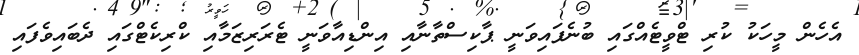
އެހެން މީހަކު ކުރި ޓްވީޓެއްގައި ބުނެފައިވަނީ ޕާކިސްތާނާއި އިންޑިއާވަނީ ޓެރަރިޒަމާއި ކްރިކެޓްގައި ދެބައިވެފައި